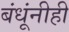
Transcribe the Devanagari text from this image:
बंधूंनीही